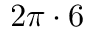
2 \pi \cdot 6